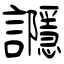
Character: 讔